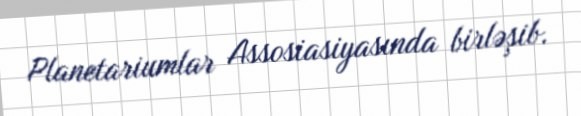
Planetariumlar Assosiasiyasında birləşib.